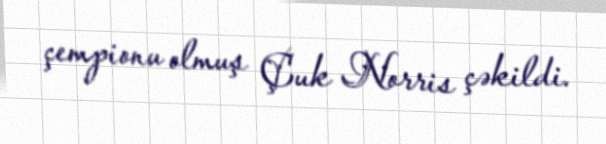
çempionu olmuş Çuk Norris çəkildi.